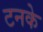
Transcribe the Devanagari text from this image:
टनके